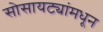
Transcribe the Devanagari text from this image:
सोसायट्यांमधून